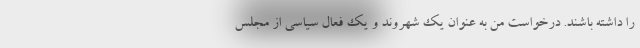
را داشته باشند. درخواست من به عنوان یک شهروند و یک فعال سیاسی از مجلس